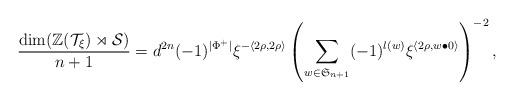
LaTeX: \begin{align*} \frac{\dim(\mathbb{Z}(\mathcal{T}_\xi)\rtimes\mathcal{S})}{n+1} = d^{2n}(-1)^{\lvert\Phi^+\rvert} \xi^{-\langle 2\rho,2\rho\rangle}\left(\sum_{w\in\mathfrak{S}_{n+1}}(-1)^{l(w)}\xi^{\langle 2\rho,w\bullet 0\rangle}\right)^{-2},\end{align*}